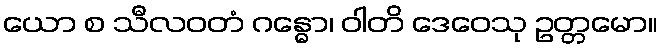
ယော စ သီလဝတံ ဂန္ဓော၊ ဝါတိ ဒေဝေသု ဥတ္တမော။